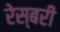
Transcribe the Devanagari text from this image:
रेस्बरी